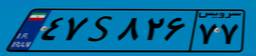
۲۸S۰۶۹۶۶